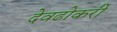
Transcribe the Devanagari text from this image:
देवढोकरी